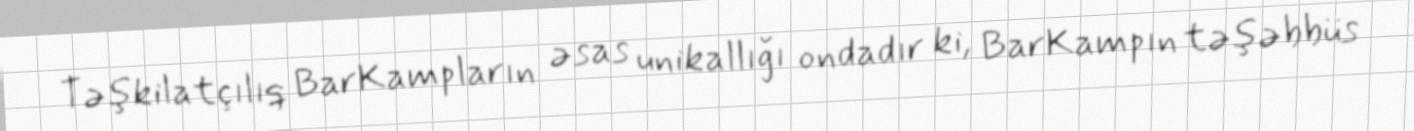
Təşkilatçılıq BarKampların əsas unikallığı ondadır ki, BarKampın təşəbbüs